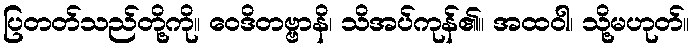
ပြတတ်သည်တို့ကို။ ဝေဒိတဗ္ဗာနိ၊ သိအပ်ကုန်၏။ အထဝါ၊ သို့မဟုတ်။